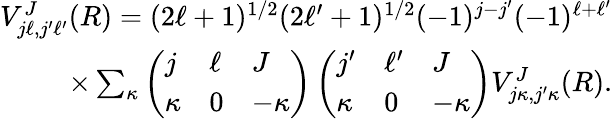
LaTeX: \begin{array}{r}{V_{j\ell,j^{\prime}\ell^{\prime}}^{J}(R)=(2\ell+1)^{1/2}(2\ell^{\prime}+1)^{1/2}(-1)^{j-j^{\prime}}(-1)^{\ell+\ell^{\prime}}}\\ {\times\sum_{\kappa}\left(\begin{array}{lll}{j}&{\ell}&{J}\\ {\kappa}&{0}&{-\kappa}\end{array}\right)\left(\begin{array}{lll}{j^{\prime}}&{\ell^{\prime}}&{J}\\ {\kappa}&{0}&{-\kappa}\end{array}\right)V_{j\kappa,j^{\prime}\kappa}^{J}(R).}\end{array}